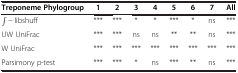
<table><thead><tr><td><b>Treponeme Phylogroup</b></td><td><b>1</b></td><td><b>2</b></td><td><b>3</b></td><td><b>4</b></td><td><b>5</b></td><td><b>6</b></td><td><b>7</b></td><td><b>All</b></td></tr></thead><tbody><tr><td>∫ − libshuff</td><td>***</td><td>***</td><td>*</td><td>*</td><td>***</td><td>*</td><td>ns</td><td>***</td></tr><tr><td>UW UniFrac</td><td>***</td><td>***</td><td>ns</td><td>ns</td><td>**</td><td>**</td><td>ns</td><td>***</td></tr><tr><td>W UniFrac</td><td>***</td><td>***</td><td>***</td><td>***</td><td>***</td><td>***</td><td>***</td><td>***</td></tr><tr><td>Parsimony p-test</td><td>***</td><td>***</td><td>*</td><td>ns</td><td>***</td><td>**</td><td>ns</td><td>***</td></tr></tbody></table>